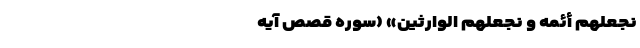
نَجْعَلَهُمْ أَئِمَّهً وَ نَجْعَلَهُمُ الْوارِثِینَ» (سوره قصص آیه